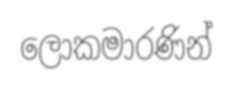
ලොකමාරණින්